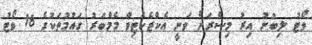
ވޯޓު ލިބުނު އިރު މިސްރަށް ވަނީ އެކްޒެކެޓިވް މެމްބަރު ގައުމުތަކުގެ 16 ވޯޓު